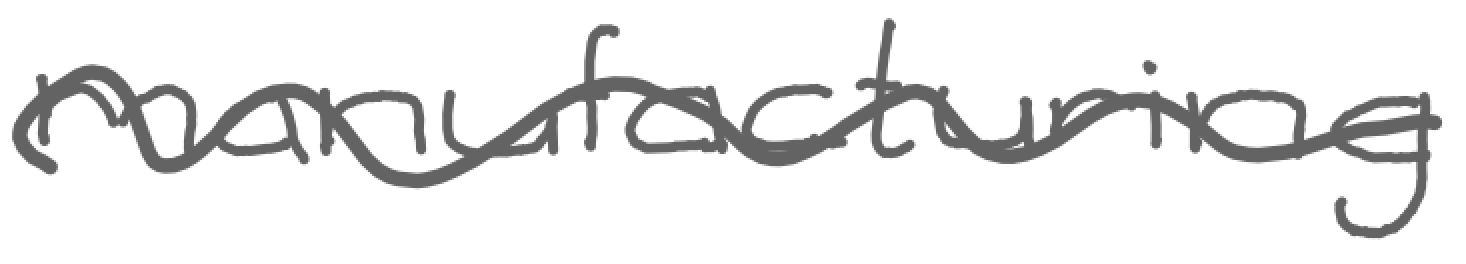
Text: manufacturing
Cross-out: wave
Writing tool: digital_gray